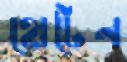
হোটেন